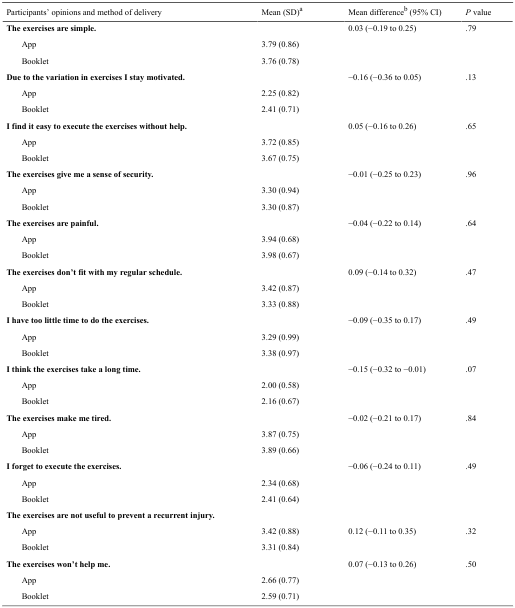
<table><thead><tr><td colspan="2"><b>Participants’ opinions and method of delivery</b></td><td><b>Mean (SD)<sup>a</sup></b></td><td><b>Mean difference<sup>b</sup> (95% CI)</b></td><td><b><i>P</i> value</b></td></tr></thead><tbody><tr><td colspan="2"><b>The exercises are simple.</b></td><td></td><td>0.03 (−0.19 to 0.25)</td><td>.79</td></tr><tr><td></td><td>App</td><td>3.79 (0.86)</td><td></td><td></td></tr><tr><td></td><td>Booklet</td><td>3.76 (0.78)</td><td></td><td></td></tr><tr><td colspan="2"><b>Due to the variation in exercises I stay motivated.</b></td><td></td><td>−0.16 (−0.36 to 0.05)</td><td>.13</td></tr><tr><td></td><td>App</td><td>2.25 (0.82)</td><td></td><td></td></tr><tr><td></td><td>Booklet</td><td>2.41 (0.71)</td><td></td><td></td></tr><tr><td colspan="2"><b>I find it easy to execute the exercises without help.</b></td><td></td><td>0.05 (−0.16 to 0.26)</td><td>.65</td></tr><tr><td></td><td>App</td><td>3.72 (0.85)</td><td></td><td></td></tr><tr><td></td><td>Booklet</td><td>3.67 (0.75)</td><td></td><td></td></tr><tr><td colspan="2"><b>The exercises give me a sense of security.</b></td><td></td><td>−0.01 (−0.25 to 0.23)</td><td>.96</td></tr><tr><td></td><td>App</td><td>3.30 (0.94)</td><td></td><td></td></tr><tr><td></td><td>Booklet</td><td>3.30 (0.87)</td><td></td><td></td></tr><tr><td colspan="2"><b>The exercises are painful.</b></td><td></td><td>−0.04 (−0.22 to 0.14)</td><td>.64</td></tr><tr><td></td><td>App</td><td>3.94 (0.68)</td><td></td><td></td></tr><tr><td></td><td>Booklet</td><td>3.98 (0.67)</td><td></td><td></td></tr><tr><td colspan="2"><b>The exercises don’t fit with my regular schedule.</b></td><td></td><td>0.09 (−0.14 to 0.32)</td><td>.47</td></tr><tr><td></td><td>App</td><td>3.42 (0.87)</td><td></td><td></td></tr><tr><td></td><td>Booklet</td><td>3.33 (0.88)</td><td></td><td></td></tr><tr><td colspan="2"><b>I have too little time to do the exercises.</b></td><td></td><td>−0.09 (−0.35 to 0.17)</td><td>.49</td></tr><tr><td></td><td>App</td><td>3.29 (0.99)</td><td></td><td></td></tr><tr><td></td><td>Booklet</td><td>3.38 (0.97)</td><td></td><td></td></tr><tr><td colspan="2"><b>I think the exercises take a long time.</b></td><td></td><td>−0.15 (−0.32 to −0.01)</td><td>.07</td></tr><tr><td></td><td>App</td><td>2.00 (0.58)</td><td></td><td></td></tr><tr><td></td><td>Booklet</td><td>2.16 (0.67)</td><td></td><td></td></tr><tr><td colspan="2"><b>The exercises make me tired.</b></td><td></td><td>−0.02 (−0.21 to 0.17)</td><td>.84</td></tr><tr><td></td><td>App</td><td>3.87 (0.75)</td><td></td><td></td></tr><tr><td></td><td>Booklet</td><td>3.89 (0.66)</td><td></td><td></td></tr><tr><td colspan="2"><b>I forget to execute the exercises.</b></td><td></td><td>−0.06 (−0.24 to 0.11)</td><td>.49</td></tr><tr><td></td><td>App</td><td>2.34 (0.68)</td><td></td><td></td></tr><tr><td></td><td>Booklet</td><td>2.41 (0.64)</td><td></td><td></td></tr><tr><td colspan="5"><b>The exercises are not useful to prevent a recurrent injury.</b></td></tr><tr><td rowspan="2"></td><td>App</td><td>3.42 (0.88)</td><td rowspan="2">0.12 (−0.11 to 0.35)</td><td rowspan="2">.32</td></tr><tr><td>Booklet</td><td>3.31 (0.84)</td></tr><tr><td colspan="2"><b>The exercises won’t help me.</b></td><td></td><td>0.07 (−0.13 to 0.26)</td><td>.50</td></tr><tr><td rowspan="2"></td><td>App</td><td>2.66 (0.77)</td><td></td><td></td></tr><tr><td>Booklet</td><td>2.59 (0.71)</td><td></td><td></td></tr></tbody></table>